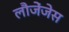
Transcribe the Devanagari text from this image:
लौजेंजेस